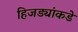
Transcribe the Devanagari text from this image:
हिजड्यांकडे